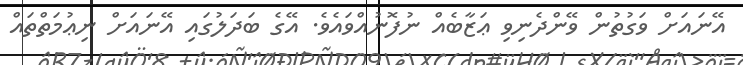
އޭނައަށް ވަގުތުން ވޭންދެނިވި ޢަޒާބެއް ނުފޮނުއްވައެވެ. އޭގެ ބަދަލުގައި އޭނައަށް ނިޢުމަތްތައް